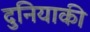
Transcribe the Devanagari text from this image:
दुनियाकी